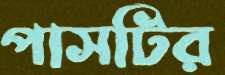
পাসটির